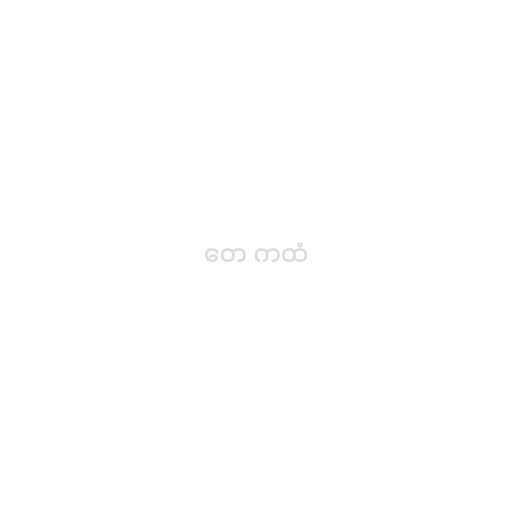
တေ ကထံ